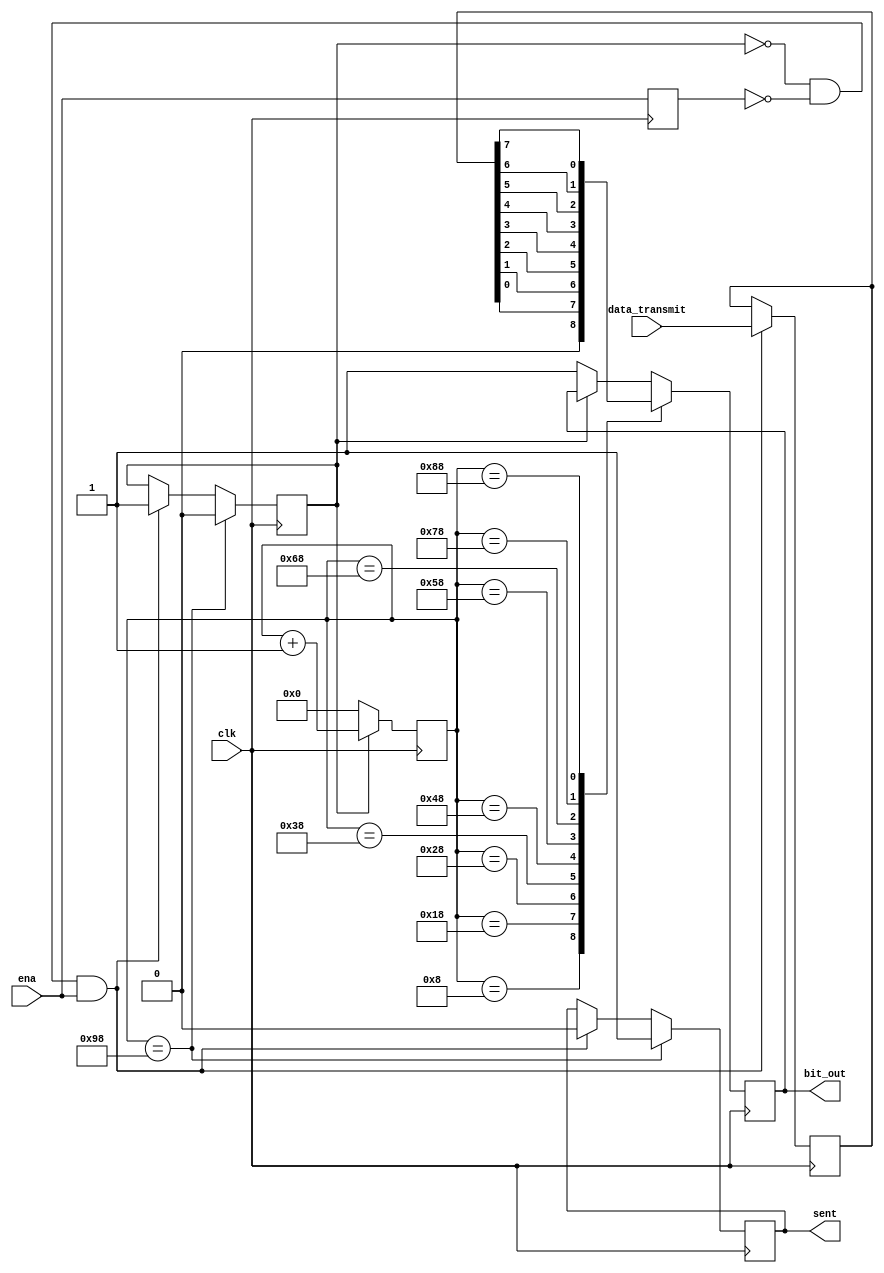
`timescale 1ns / 1ps
//////////////////////////////////////////////////////////////////////////////////
// Company: 
// Engineer: 
// 
// Design Name: 
// Module Name: uart_tx
// Project Name: 
// Target Devices: 
// Tool Versions: 
// Description: 
// 
// Dependencies: 
// 
// Revision:
// Revision 0.01 - File Created
// Additional Comments:
// 
//////////////////////////////////////////////////////////////////////////////////

module uart_tx(
    input clk,
    input [7:0] data_transmit,
    input ena,
    output reg sent,
    output reg bit_out
    );
    
    reg last_ena;
    reg sending = 0;
    reg [7:0] count;
    reg [7:0] temp;
    
    initial sent = 1;
    always@(posedge clk) begin
        if (~sending & ~last_ena & ena) begin
            temp <= data_transmit;
            sending <= 1; sent <= 0; count <= 0;
        end
        
        last_ena <= ena;
        
        if (sending)    count <= count + 1;                     // sending
        else            begin count <= 0; bit_out <= 1; end     // idle state
        
        // sampling in the middle of the range (every 16 clock cycles)
        case (count)
            8'd8: bit_out <= 0;
            8'd24: bit_out <= temp[0];  
            8'd40: bit_out <= temp[1];
            8'd56: bit_out <= temp[2];
            8'd72: bit_out <= temp[3];
            8'd88: bit_out <= temp[4];
            8'd104: bit_out <= temp[5];
            8'd120: bit_out <= temp[6];
            8'd136: bit_out <= temp[7];
            8'd152: begin sent <= 1; sending <= 0; end
        endcase
    end
endmodule